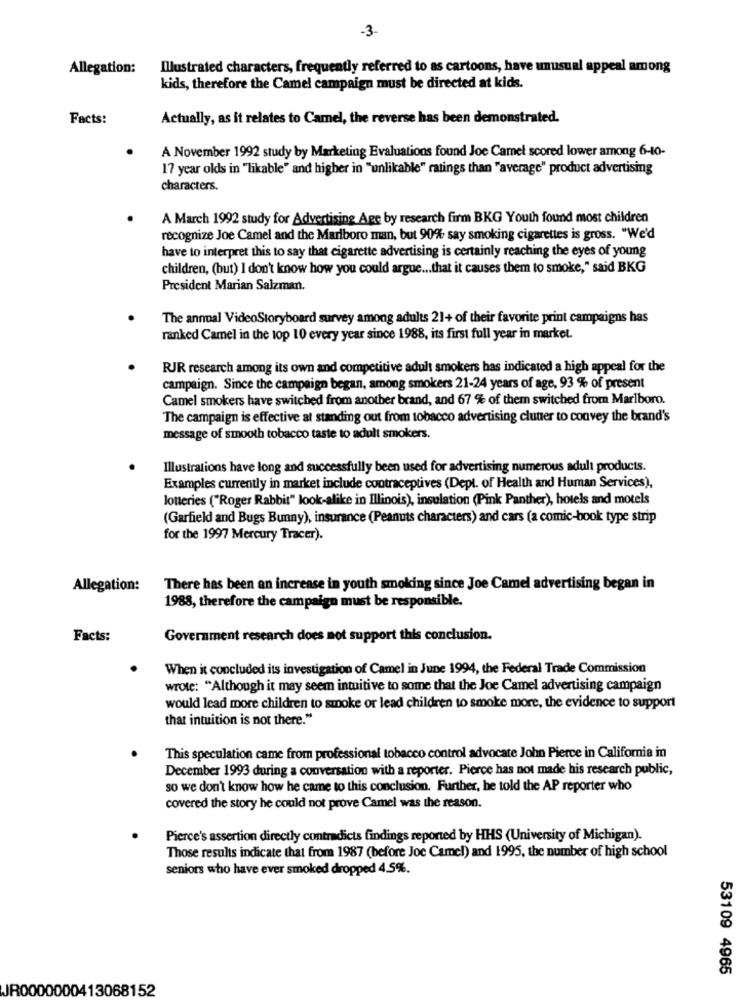
-3
Allegation:
Illustrated characters, frequently referred to as cartoons, have unusual appeal among
kids, therefore the Camel campaign must be directed at kids.
Facts:
Actually, as it relates to Camel, the reverse has been demonstrated.
A November 1992 study by Marketing Evaluations found Joe Camel scored lower among 6-10-
17 year olds in "likable" and higher in "unlikable" ratings than "average" product advertising
characters.
A March 1992 study for Advertising Age by research firm BKG Youth found most children
recognize Joe Camel and the Marlboro man, but 90% say smoking cigarettes is gross. "We'd
have to interpret this to say that cigarette advertising is certainly reaching the eyes of young
children, (but) I don't know how you could argue ... that it causes them to smoke," said BKG
President Marian Salzman.
The annual VideoStoryboard survey among adults 21+ of their favorite print campaigns has
ranked Camel in the top 10 every year since 1988, its first full year in market.
RJR research among its own and competitive adult smokers has indicated a high appeal for the
campaign. Since the campaign began, among smokers 21-24 years of age, 93 % of present
Camel smokers have switched from another brand, and 67 % of them switched from Marlboro.
The campaign is effective at standing out from tobacco advertising clutter to convey the brand's
message of smooth tobacco taste to adult smokers.
Illustrations have long and successfully been used for advertising numerous adult products.
Examples currently in market include contraceptives (Dept. of Health and Human Services),
lotteries ("Roger Rabbit" look-alike in Illinois), insulation (Pink Panther), hotels and motels
(Garfield and Bugs Bunny), insurance (Peanuts characters) and cars (a comic-book type strip
for the 1997 Mercury Tracer).
Allegation:
There has been an increase in youth smoking since Joe Camel advertising began in
1988, therefore the campaign must be responsible.
Facts:
Government research does not support this conclusion.
When it concluded its investigation of Camel in June 1994, the Federal Trade Commission
wrote: "Although it may seem intuitive to some that the Joe Camel advertising campaign
would lead more children to smoke or lead children to smoke more, the evidence to support
that intuition is not there."
This speculation came from professional tobacco control advocate John Pierce in California in
December 1993 during a conversation with a reporter. Pierce has not made his research public,
so we don't know how he came to this conclusion. Further, he told the AP reporter who
covered the story he could not prove Camel was the reason.
Pierce's assertion directly contradicts findings reported by HHS (University of Michigan).
Those results indicate that from 1987 (before Joc Camel) and 1995, the number of high school
seniors who have ever smoked dropped 4.5%.
53109 4965
JR0000000413068152